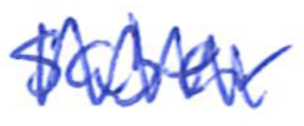
Text: saber
Cross-out: zig-zag
Writing tool: ballpoint